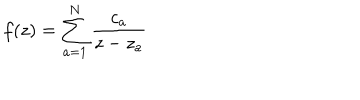
f ( z ) = \sum _ { a = 1 } ^ { N } { \frac { c _ { a } } { z - z _ { a } } }